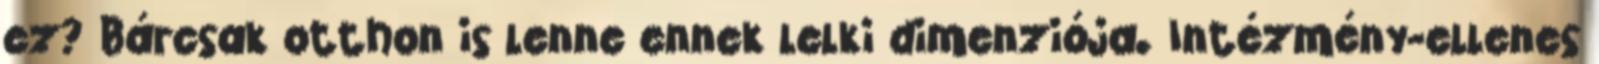
ez? Bárcsak otthon is lenne ennek lelki dimenziója. Intézmény-ellenes